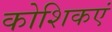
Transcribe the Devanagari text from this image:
कोशिकएं